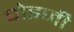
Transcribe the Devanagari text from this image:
पोइजी